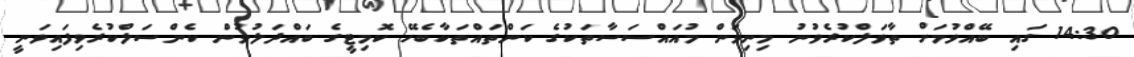
14:30 ގައި ބޭއްވުމަށް ތާވަލްކުރެވުނު މިނިވަން މުއައްސަސާތަކުގެ ކަންތައްތަކާބެހޭ ކޮމިޓީގެ ބައްދަލުވުން ކެންސަލްކުރެވިފައިވަނީ